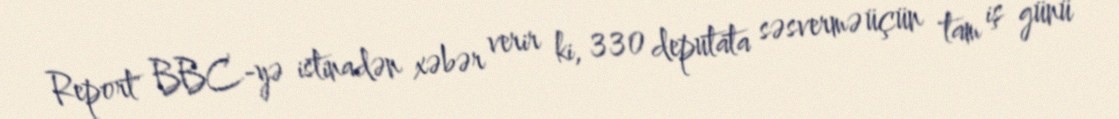
Report" BBC-yə istinadən xəbər verir ki, 330 deputata səsvermə üçün tam iş günü